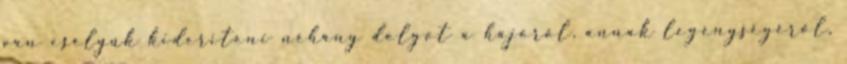
van esélyük kideríteni néhány dolgot a hajóról, annak legénységéről,